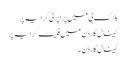
بلاک بی میں پراپرٹی کرایہ پر
کینال گارڈن میں فلیٹ کرایہ پر
کینال گارڈن ۔